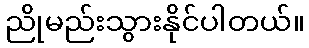
ညိုမည်းသွားနိုင်ပါတယ်။